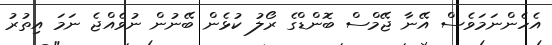
އެހެންނަމަވެސް އޭނާ ޖޭމްސް ބޮންޑްގެ ރޯލު ކުޅެން ބޭނުން ނުވެއްޖެ ނަމަ އިތުރު